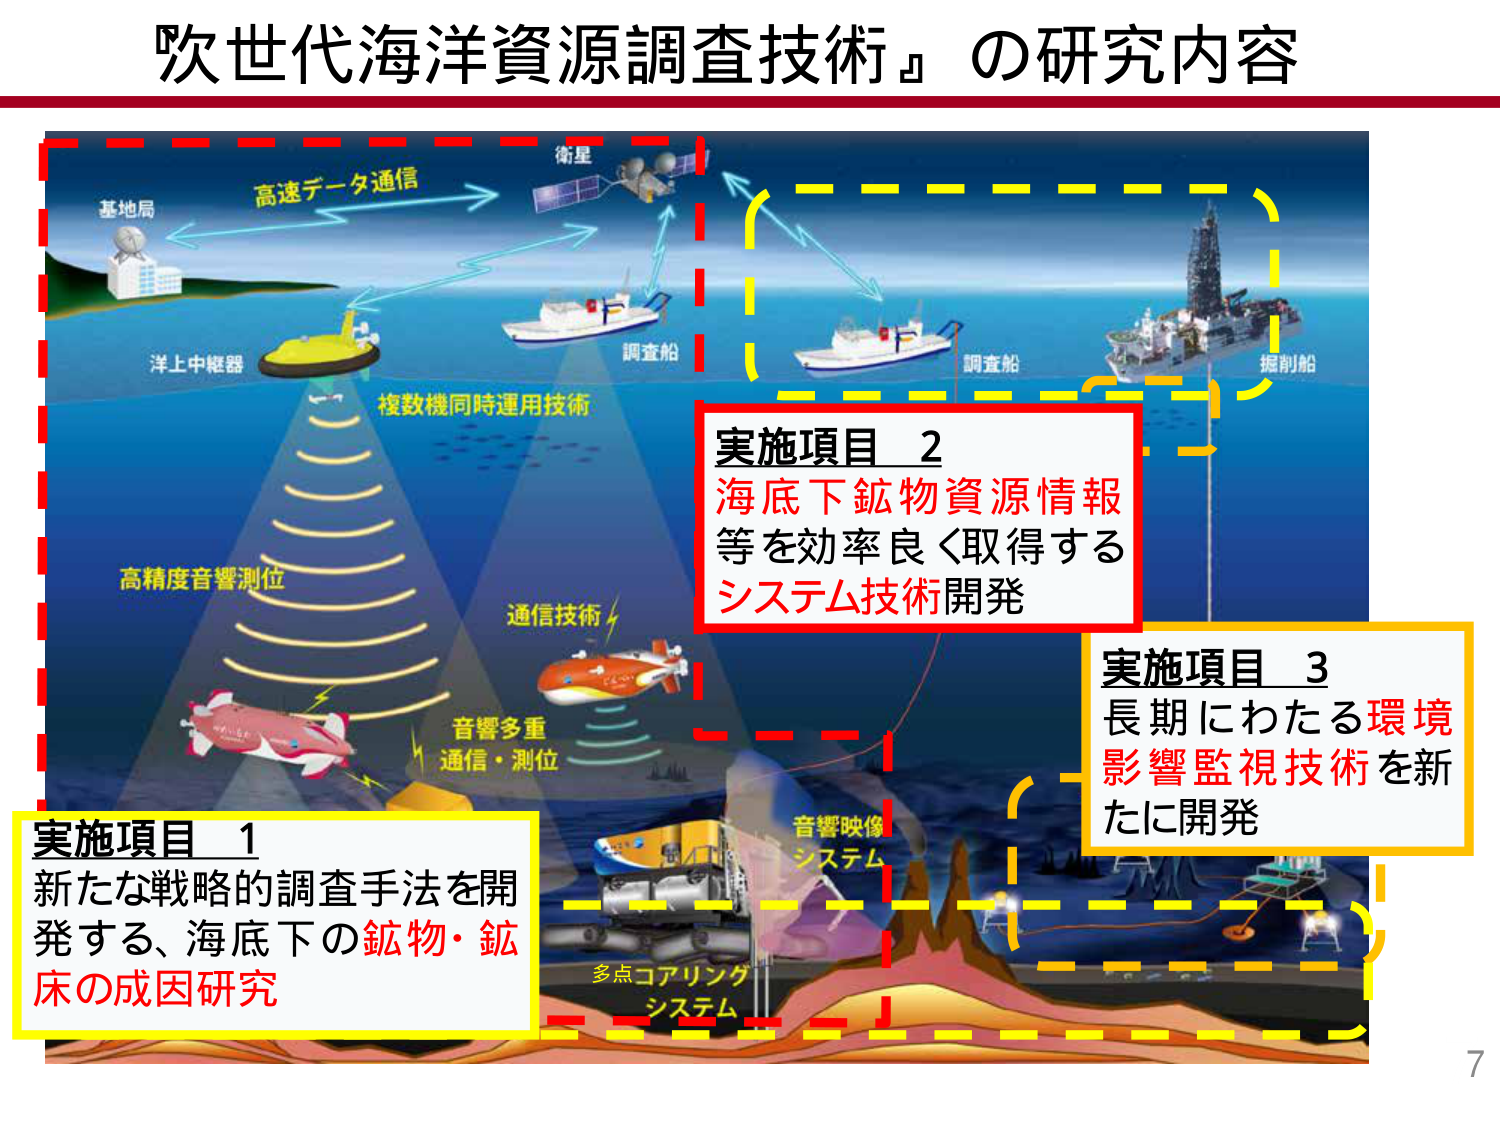
次世代海洋資源調査技術』の研究内容

基地局
高速データ通信
衛星
洋上中継器
調査船
調査船
掘削船
複数機同時運用技術
高精度音響測位
通信技術
音響多重
通信・測位
音響映像
システム
多点コアリング
システム

実施項目 1
新たな戦略的調査手法を開発する、海底下の鉱物・鉱床の成因研究

実施項目 2
海底下鉱物資源情報等を効率良く取得するシステム技術開発

実施項目 3
長期にわたる環境影響監視技術を新たに開発

7